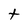
Character: T